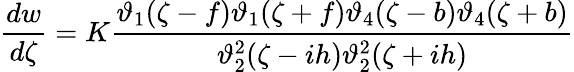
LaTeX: \frac{dw}{d\zeta}=K\frac{\vartheta_{1}(\zeta-f)\vartheta_{1}(\zeta+f)\vartheta_{4}(\zeta-b)\vartheta_{4}(\zeta+b)}{\vartheta_{2}^{2}(\zeta-ih)\vartheta_{2}^{2}(\zeta+ih)}